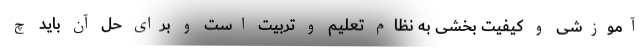
آموزشی و کیفیت بخشی به نظام تعلیم و تربیت است و برای حل آن باید چ